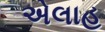
એલાહ